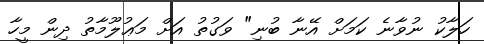
ހަލާކު ނުވާނެ ކަމަށް އޭނާ ބުނި" ވަގުތު އަށް މަޢުލޫމާތު ދިން މީހާ